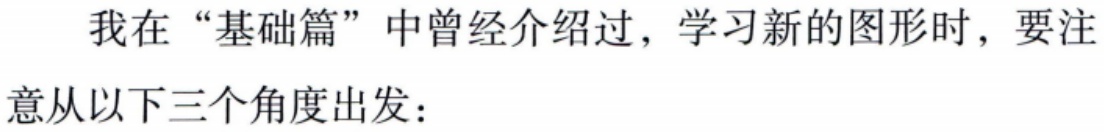
我在“基础篇”中曾经介绍过，学习新的图形时，要注意从以下三个角度出发：